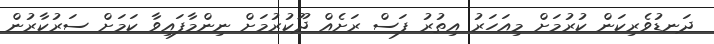
ދަނޑުވެރިކަން ކުރުމަށް މިއަހަރު އިތުރު ފަސް ރަށެއް ދޫކުރުމަށް ނިންމާފައިވާ ކަމަށް ސަރުކާރުން